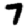
Digit: 7